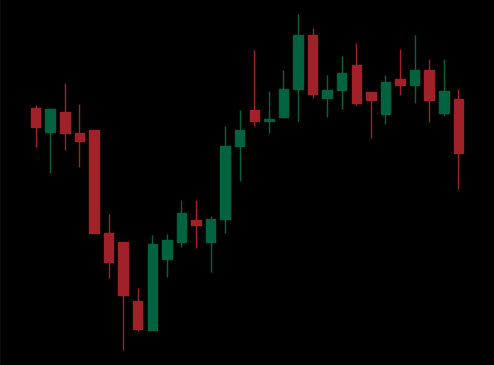
Pattern: unclassified